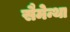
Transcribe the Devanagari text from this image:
सैमेन्था